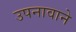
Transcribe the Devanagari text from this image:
उपनावाने